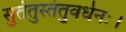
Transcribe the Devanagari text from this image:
सुतंतुस्तंतुवर्धनः।